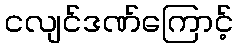
ငလျင်ဒဏ်ကြောင့်